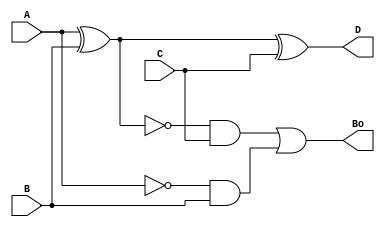
module full_subtractor(input A, input B, input C, output Bo , output D);
	wire t1,t2,t3;
	
	xor(t1,A,B);
	xor(D,t1,C);
	and(t2,~t1,C);
	and(t3,~A,B);
	or(Bo,t2,t3);
	
endmodule